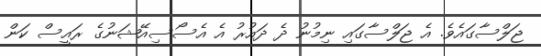
ޖަލްސާގައެވެ. އެ ޖަލްސާގައި ނިމުނު ދެ ދައުރު އެ އެސޯސިއޭޝަނުގެ ރައީސް ކަން